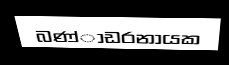
බණ්ාඩරනායක